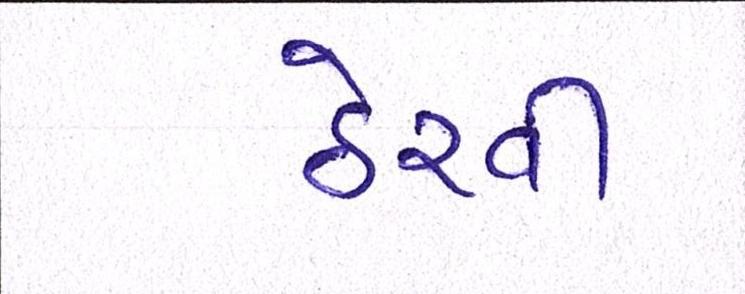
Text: ઠેરવી